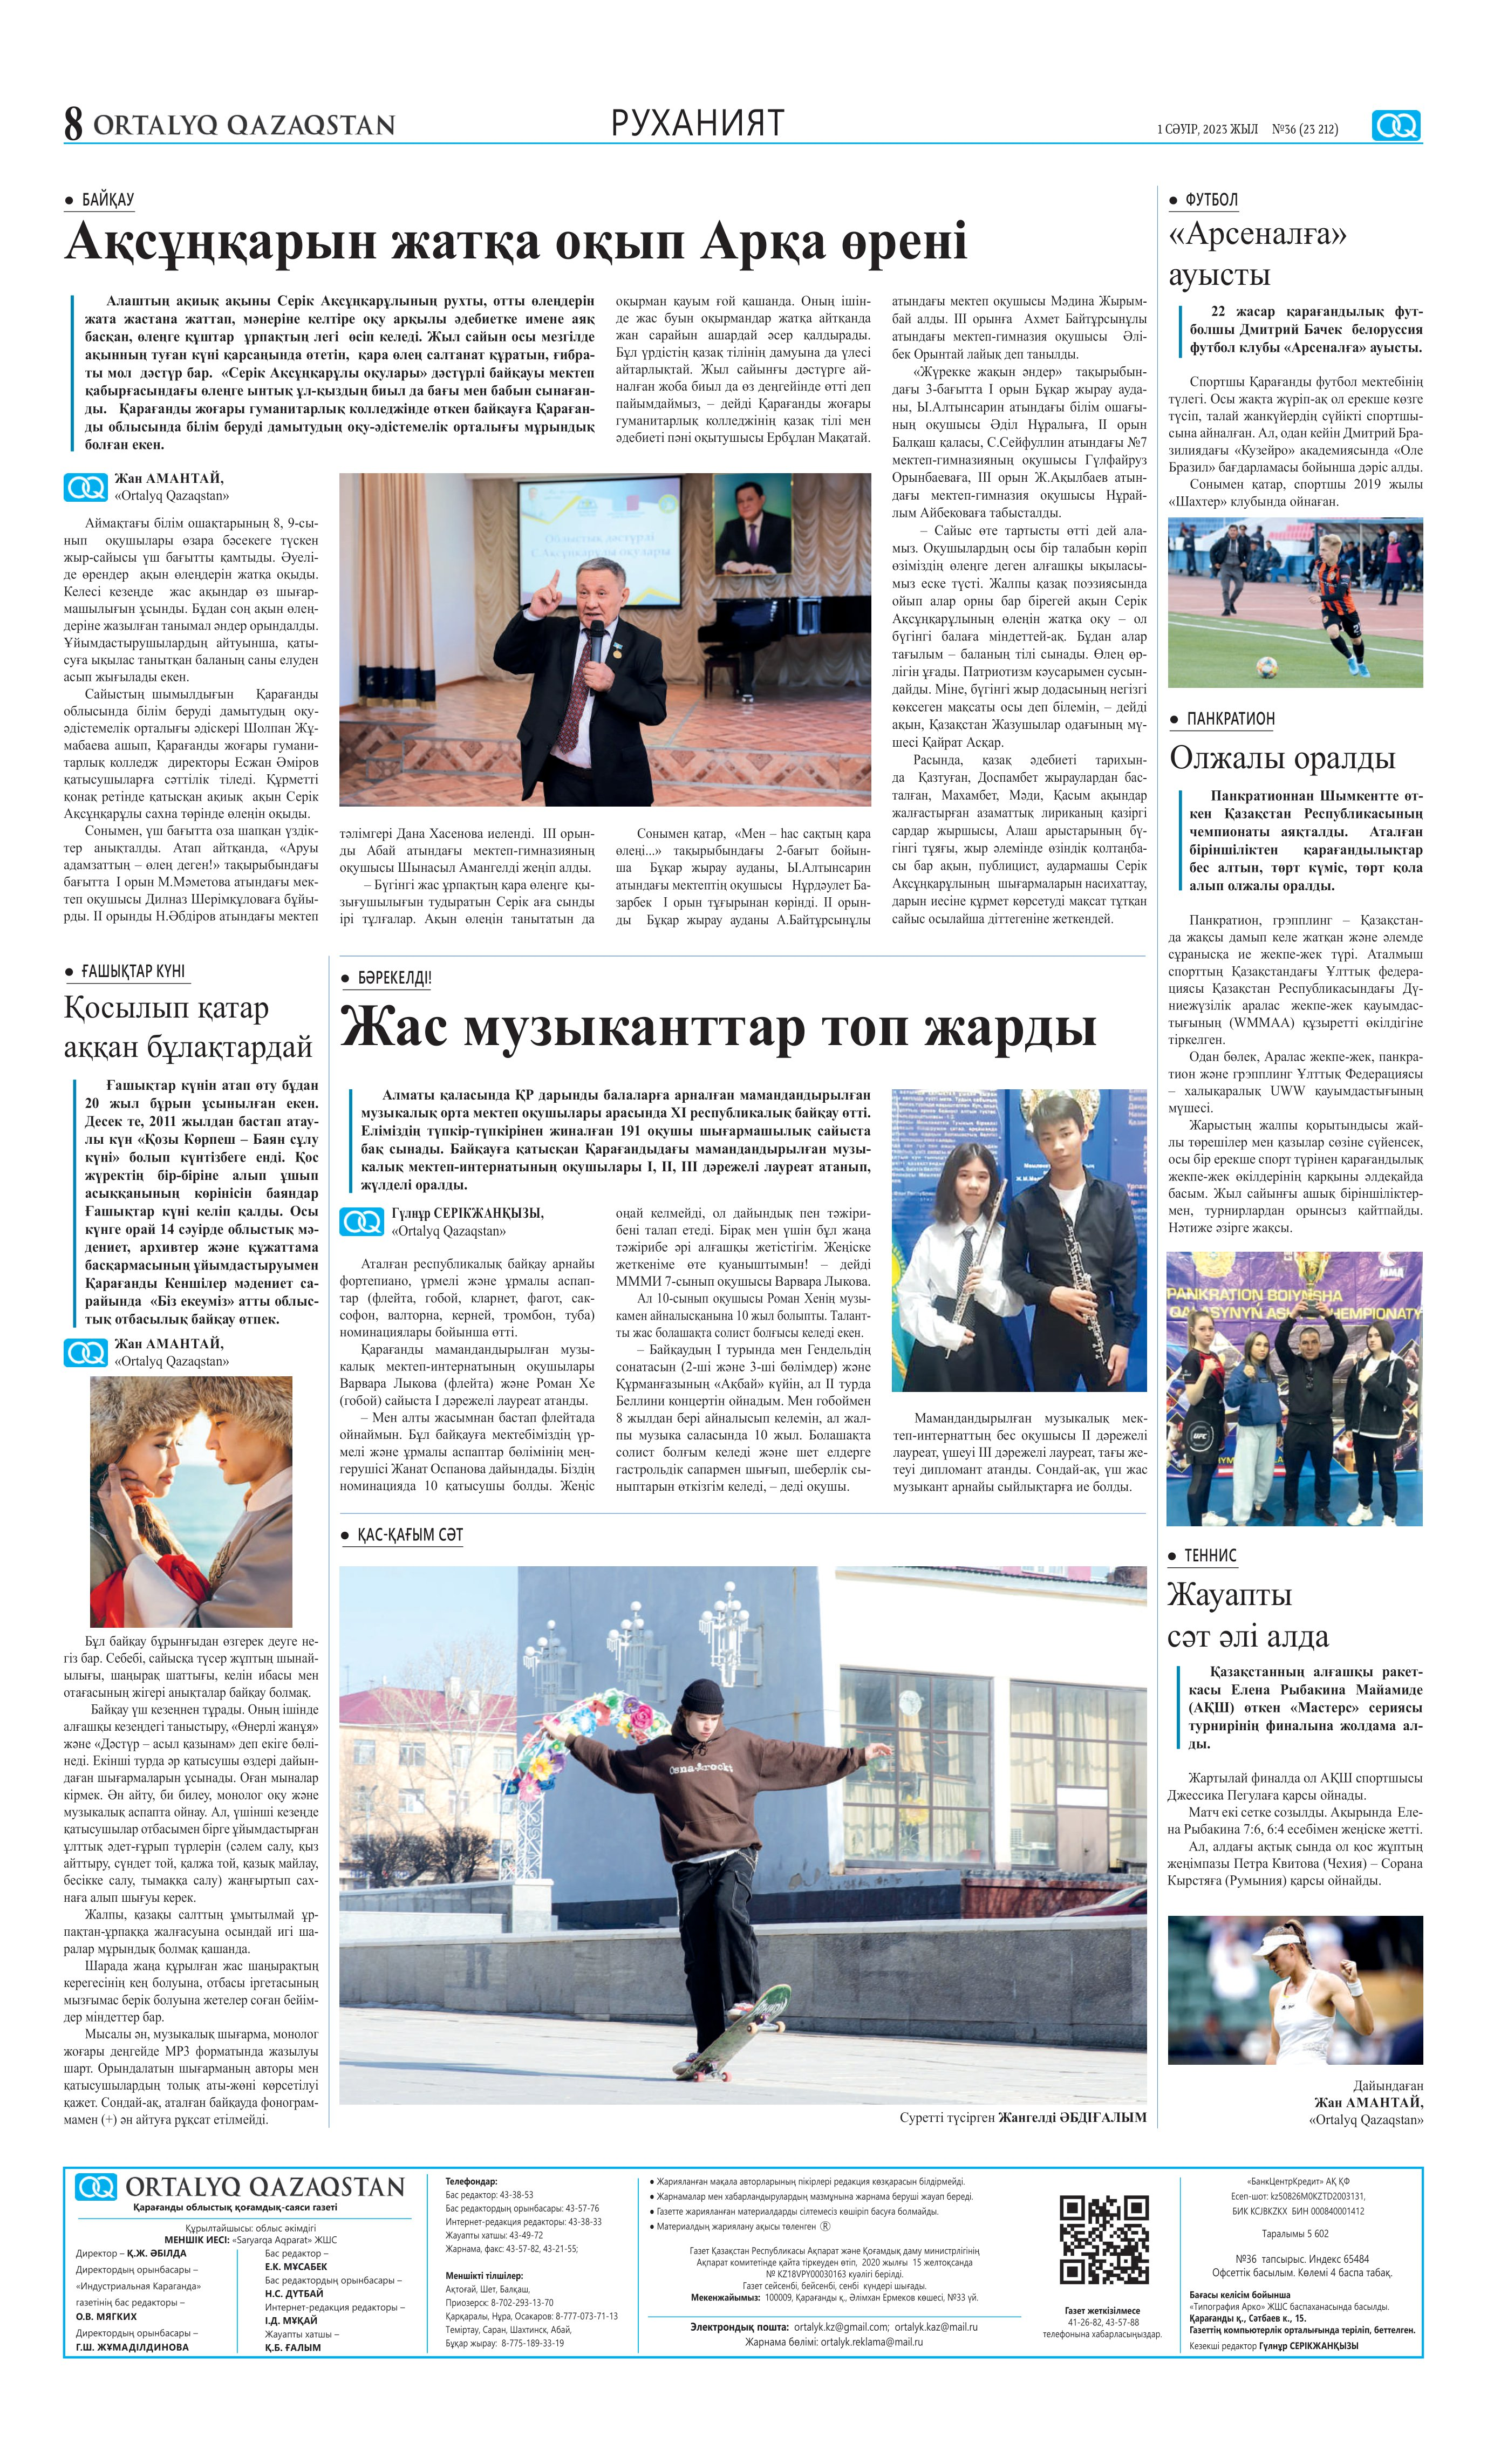
Language: kk